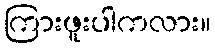
ကြားဖူးပါကလား။